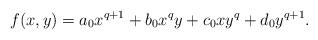
LaTeX: \begin{align*}f(x,y) = a_0 x^{q+1} + b_0 x^qy + c_0 xy^q + d_0 y^{q+1}.\end{align*}